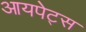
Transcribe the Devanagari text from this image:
आयपेट्स